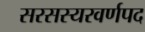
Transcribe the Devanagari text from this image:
सरसस्यरवर्णपद